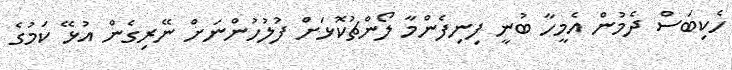
ހެކިބަސް ދެމުން އެމީހާ ބުނީ ފިނިފެންމާ ލޯންޗުކޮޅަށް ފުލުހުންނަށް ނޭރިގެން އުޅޭ ކަމުގެ